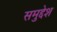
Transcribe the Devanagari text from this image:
समुद्देश